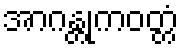
အာဂန္တုကဝတ္တံ